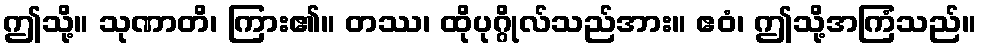
ဤသို့။ သုဏာတိ၊ ကြား၏။ တဿ၊ ထိုပုဂ္ဂိုလ်သည်အား။ ဧဝံ၊ ဤသို့အကြံသည်။